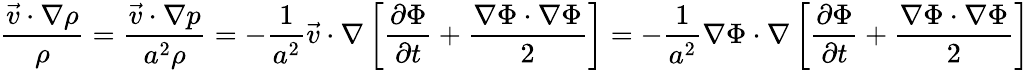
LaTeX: {\frac{{\vec{v}}\cdot\nabla\rho}{\rho}}={\frac{{\vec{v}}\cdot\nabla p}{a^{2}\rho}}=-{\frac{1}{a^{2}}}{\vec{v}}\cdot\nabla\left[{\frac{\partial\Phi}{\partial t}}+{\frac{\nabla\Phi\cdot\nabla\Phi}{2}}\right]=-{\frac{1}{a^{2}}}\nabla\Phi\cdot\nabla\left[{\frac{\partial\Phi}{\partial t}}+{\frac{\nabla\Phi\cdot\nabla\Phi}{2}}\right]